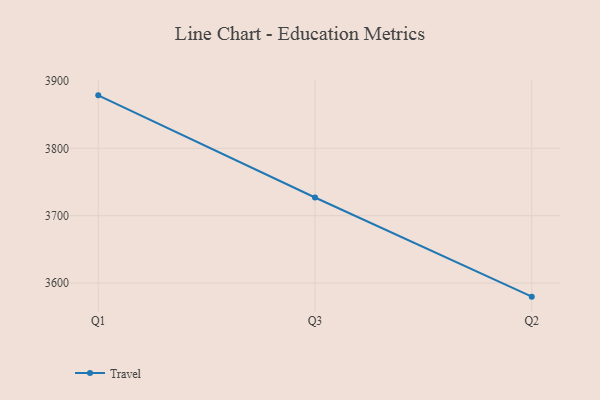
{"axis": {"x": "Quarter", "y": "Net Income (USD K)"}, "legend": ["Travel"], "data": [{"x": "Q1", "y": 3878.6, "type": "Travel"}, {"x": "Q3", "y": 3727.0, "type": "Travel"}, {"x": "Q2", "y": 3579.8, "type": "Travel"}]}